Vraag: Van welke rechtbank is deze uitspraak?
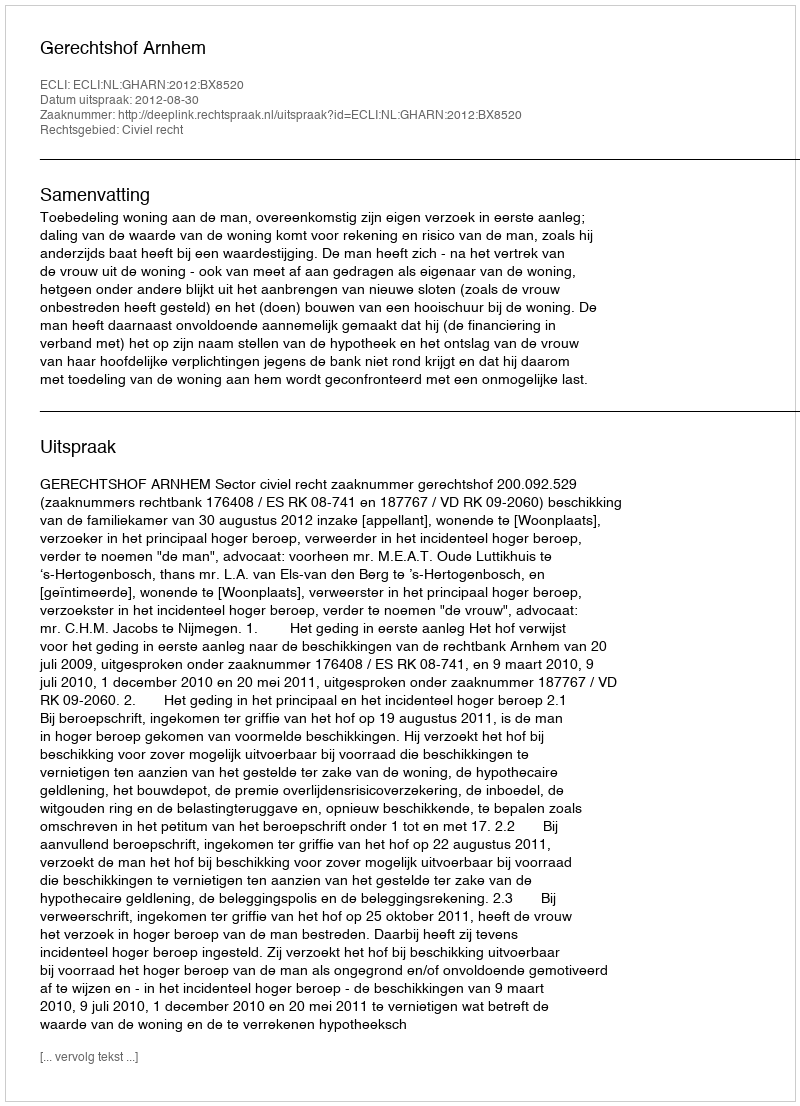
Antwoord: Gerechtshof Arnhem